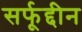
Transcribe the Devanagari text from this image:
सर्फूद्दीन